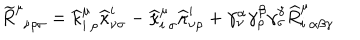
LaTeX: \widetilde { R } _ { \: \: \nu \rho \sigma } ^ { \mu } = \widehat { \kappa } _ { i \: \rho } ^ { \mu } \widehat { \kappa } _ { \nu \sigma } ^ { i } - \widehat { \kappa } _ { i \: \sigma } ^ { \mu } \widehat { \kappa } _ { \nu \rho } ^ { i } + \gamma _ { \nu } ^ { \alpha } \gamma _ { \rho } ^ { \beta } \gamma _ { \sigma } ^ { \gamma } \widehat { R } _ { i \: \alpha \beta \gamma } ^ { \mu }